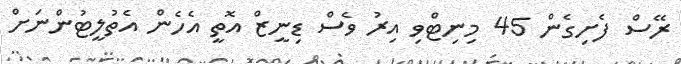
ރޭސް ފެށިގެން 45 މިނިޓްވި އިރު ވެސް ޑިނީޒް އޮތީ އެހެން އެތުލީޓުންނަށް